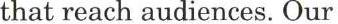
that reach audiences. Our